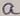
Text: a